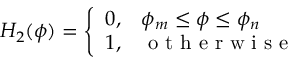
H _ { 2 } ( \phi ) = \left\{ \begin{array} { c l } { 0 , } & { \phi _ { m } \leq \phi \leq \phi _ { n } } \\ { 1 , } & { \mathrm { ~ o ~ t ~ h ~ e ~ r ~ w ~ i ~ s ~ e ~ } } \end{array} \right.